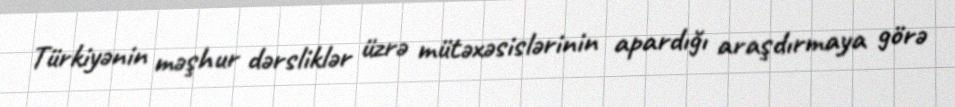
Türkiyənin məşhur dərsliklər üzrə mütəxəsislərinin apardığı araşdırmaya görə